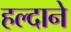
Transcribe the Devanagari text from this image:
हल्दाने